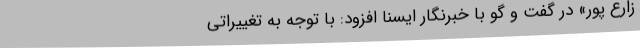
زارع پور» در گفت و گو با خبرنگار ایسنا افزود: با توجه به تغییراتی